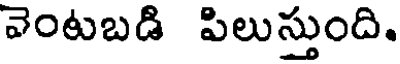
వెంటబడి పిలుస్తుంది.